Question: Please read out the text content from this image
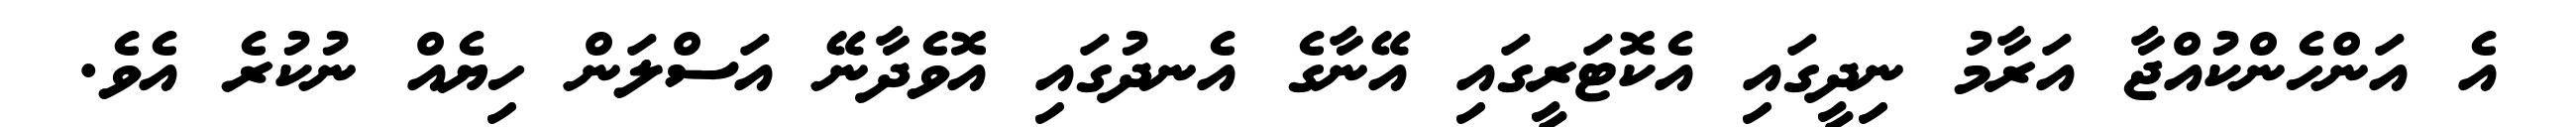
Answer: އެ އަންހެންކުއްޖާ އަރާމު ނިދީގައި އެކޮޓަރީގައި އޭނާގެ އެނދުގައި އޮވެދާނޭ އަސްލަން ހިޔެއް ނުކުރެ އެވެ.